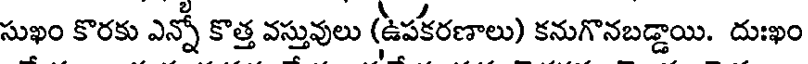
సుఖం కొరకు ఎన్నో కొత్త వస్తువులు (ఉపకరణాలు) కనుగొనబడ్డాయి. దుఃఖం